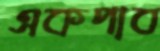
একপাব